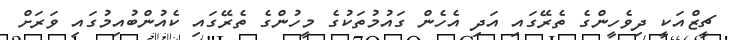
ޗީޒްއަކީ ދިވެހީންގެ ތެރޭގައި އަދި އެހެން ގައުމުތަކުގެ މީހުންގެ ތެރޭގައި ކެއުންބުއިމުގައި ވަރަށް